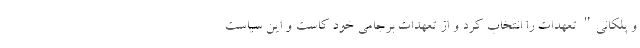
و پلکانی" تعهدات را انتخاب کرد و از تعهدات برجامی خود کاست و این سیاست